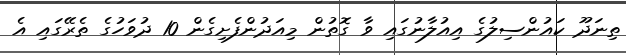
ތިނަދޫ ކައުންސިލުގެ އިއުލާނުގައި ވާ ގޮތުން މިއަދުންފެށިގެން 10 ދުވަހުގެ ތެރޭގައި އެ